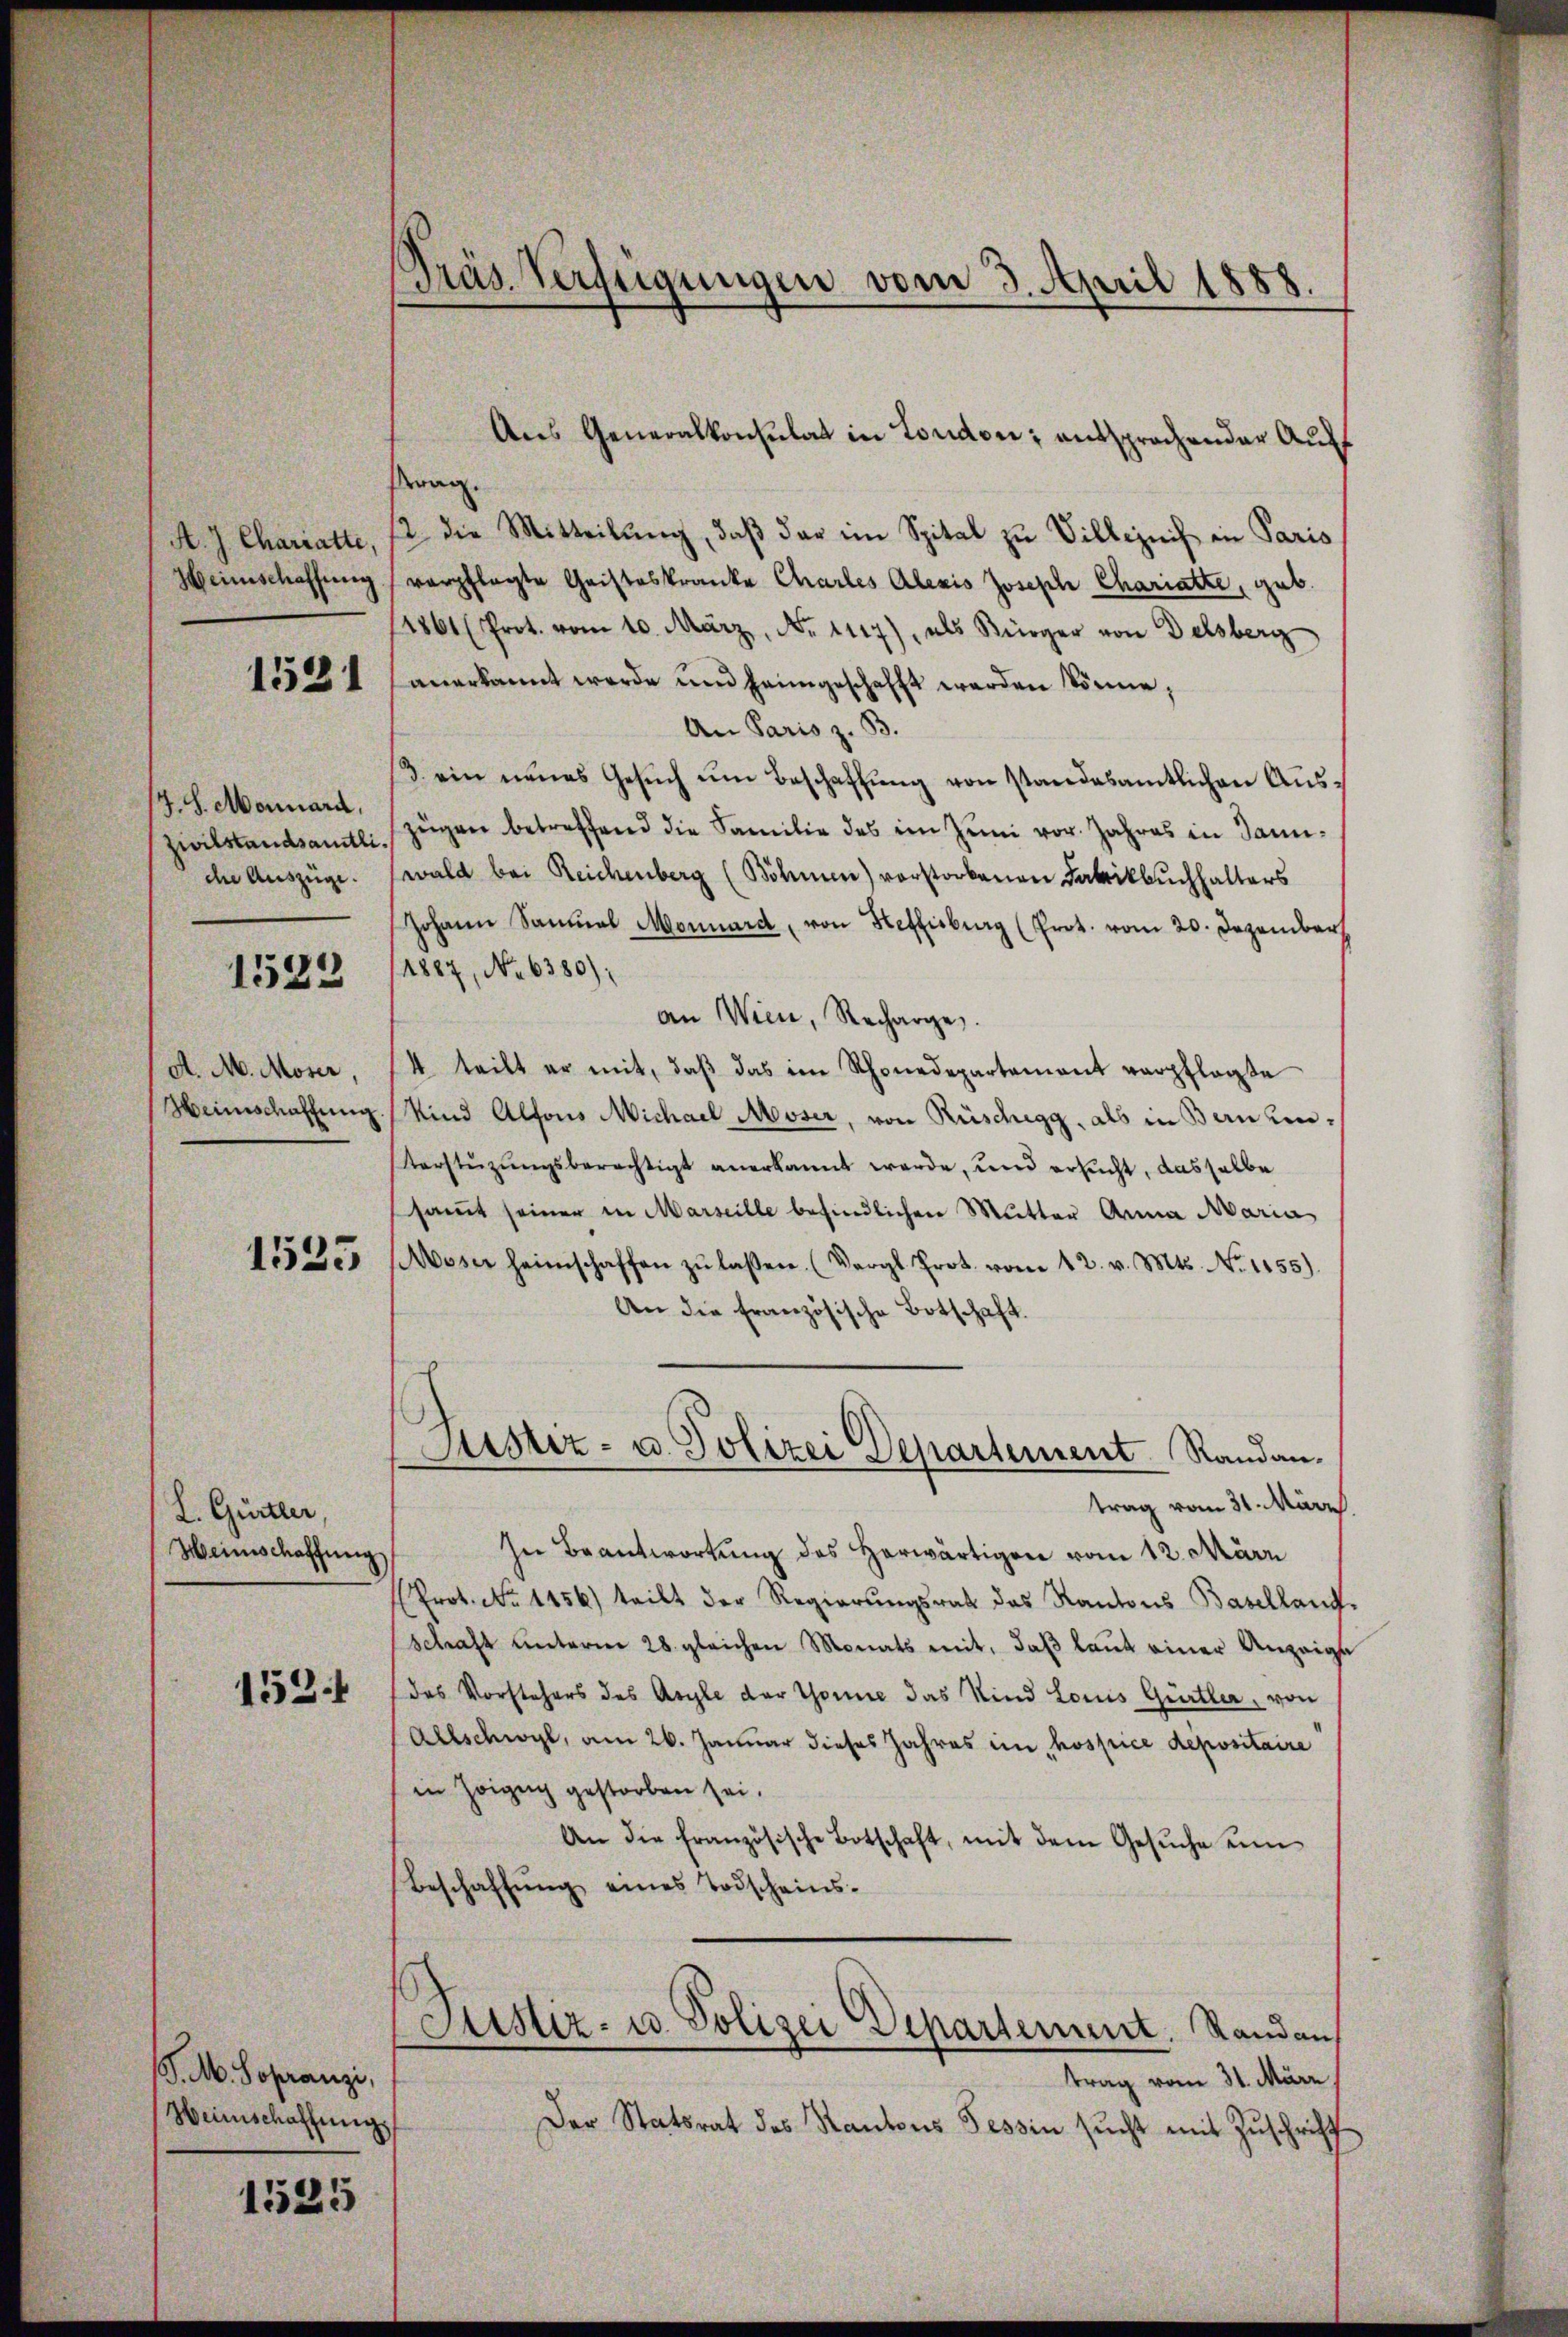
A. J. Chariatte,
Heinschaffung

1531

7.S. Monnard,
Zivilstandsamtlide Auszüge.

1523

A. M. Moser,
Heinschaffung

1525

L. Gürtler,
Heimschaffung

1521

J. M. Sopranzi,
Weinschaffung

1525

Präs. Verfügungen vom 3. April 1888.

Aus Generalkonsulat in London; entsprochender Auff
Krag.
12 die Mitteilung, daß dar im Spital zu Villezeich in Paris
verpflegte Cristeskranke Charles Alexis Joseph Chariatte, geb.
1861 (Prot. vom 10. März, No. 1117), als Bürger von Delsberg
anerkannt werde und heimgeschafft werden könne,
An Paris z. B.
3. ein neues Gesŭch ŭm Beschaffŭng von standesamtlichen Auszeigen betreffend die Familie des im Juni vor. Jahres in Saniwald bei Reichenberg (Böhmen) vorstorbenen Fabrikbuchhalters
Johann Samuel Monnard, von Heffisburg (Prot. vom 20. Dezember
1887, No 6380);
an Wien, Recharge.
4 teilt er mit, daß das im Schonedepartement verpflegte
Kind Alfons Michael Moser, von Rüschegg, als in Benzen¬
Verstützŭngsberechtigt anerkannt werde, und ersucht, dasselbe
samt seiner in Marseille befindlichen Mutter Anna Maria
Moser heimschaffen zŭ lassen. (Vergl. Prot. vom 12. v. Mts. No. 1155).
An die französische Botschaft.
Justiz- u. Polizei Departement Randantrag vom 31. März.
In Beantwortung des herwärtigen vom 12. März
Prot. No 1456) teilt der Regierŭngsrath des Kantons Baselland.
schaft ŭnterm 28. gleichen Monats mit, daβ laŭt einer Anzeige
das Vorstehers des Asyle der Thonie das Kind Lois Gürtler, von
Allschwyl, am 26. Januar dieses Jahres in hospice depositaire
in Zoigug gestorben sei.
An die französische Botschaft, mit dem Gesŭche un
Beschaffŭng eines Todscheins-
Justiz- u. Polizei Departement. Standan
trag vom 31. März,
Der Statsrat des Kantons Tessin sucht mit Zuschrift